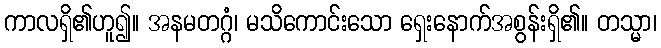
ကာလရှိ၏ဟူ၍။ အနမတဂ္ဂံ၊ မသိကောင်းသော ရှေးနောက်အစွန်းရှိ၏။ တသ္မာ၊